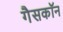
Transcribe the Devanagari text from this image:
गैसकॉन